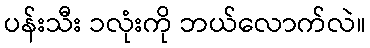
ပန်းသီး ၁လုံးကို ဘယ်လောက်လဲ။